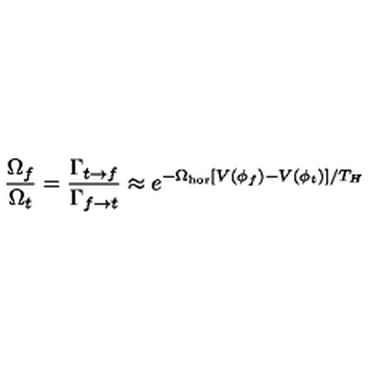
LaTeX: { \frac { \Omega _ { f } } { \Omega _ { t } } } = { \frac { \Gamma _ { t \rightarrow f } } { \Gamma _ { f \rightarrow t } } } \approx e ^ { - \Omega _ { \mathrm { h o r } } [ V ( \phi _ { f } ) - V ( \phi _ { t } ) ] / T _ { H } }